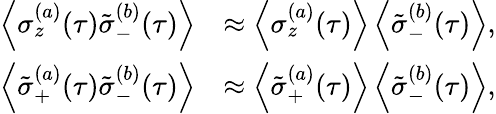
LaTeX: \begin{array}{rl}{\left\langle\sigma_{z}^{(a)}(\tau)\tilde{\sigma}_{-}^{(b)}(\tau)\right\rangle}&{\approx\left\langle\sigma_{z}^{(a)}(\tau)\right\rangle\left\langle\tilde{\sigma}_{-}^{(b)}(\tau)\right\rangle,}\\ {\left\langle\tilde{\sigma}_{+}^{(a)}(\tau)\tilde{\sigma}_{-}^{(b)}(\tau)\right\rangle}&{\approx\left\langle\tilde{\sigma}_{+}^{(a)}(\tau)\right\rangle\left\langle\tilde{\sigma}_{-}^{(b)}(\tau)\right\rangle,}\end{array}